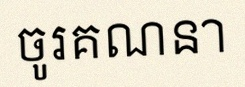
ចូរគណនា